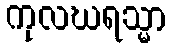
ကုလဃရသ္မာ